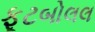
ફૂટબોલલ